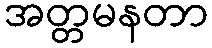
အတ္တမနတာ